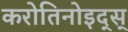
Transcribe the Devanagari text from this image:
करोतिनोइद्स्